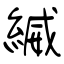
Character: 縅